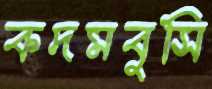
কদমবুসি